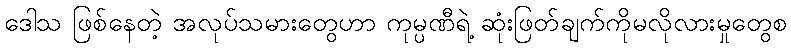
ဒေါသ ဖြစ်နေတဲ့ အလုပ်သမားတွေဟာ ကုမ္ပဏီရဲ့ ဆုံးဖြတ်ချက်ကိုမလိုလားမှုတွေစ